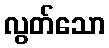
လွတ်သော